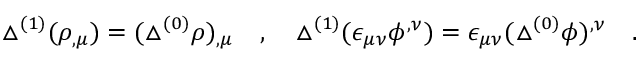
\triangle ^ { ( 1 ) } ( \rho _ { , \mu } ) = ( \triangle ^ { ( 0 ) } \rho ) _ { , \mu } ~ ~ ~ , ~ ~ ~ \triangle ^ { ( 1 ) } ( \epsilon _ { \mu \nu } \phi ^ { , \nu } ) = \epsilon _ { \mu \nu } ( \triangle ^ { ( 0 ) } \phi ) ^ { , \nu } ~ ~ ~ .